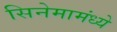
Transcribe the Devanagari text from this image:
सिनेमामंध्ये